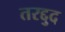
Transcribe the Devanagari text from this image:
तरद्दुद